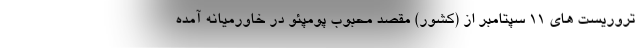
تروریست های 11 سپتامبر از (کشور) مقصد محبوب پومپئو در خاورمیانه آمده